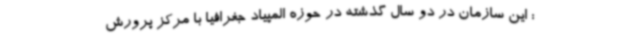
: این سازمان در دو سال گذشته در حوزه المپیاد جغرافیا با مرکز پرورش